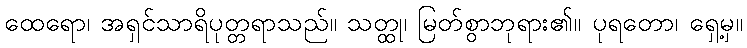
ထေရော၊ အရှင်သာရိပုတ္တရာသည်။ သတ္ထု၊ မြတ်စွာဘုရား၏။ ပုရတော၊ ရှေ့မှ။